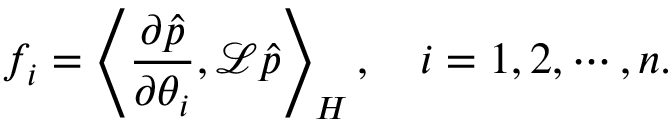
f _ { i } = \left\langle \frac { \partial \hat { p } } { \partial \theta _ { i } } , \mathcal L \hat { p } \right\rangle _ { H } , \quad i = 1 , 2 , \cdots , n .